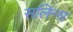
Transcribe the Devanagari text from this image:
सलिन्स